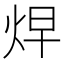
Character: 𱫁